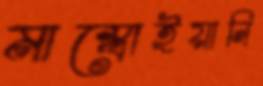
মাস্ত্রোইয়ানি